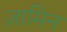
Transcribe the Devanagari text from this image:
ज़ामिन